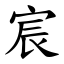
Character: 宸